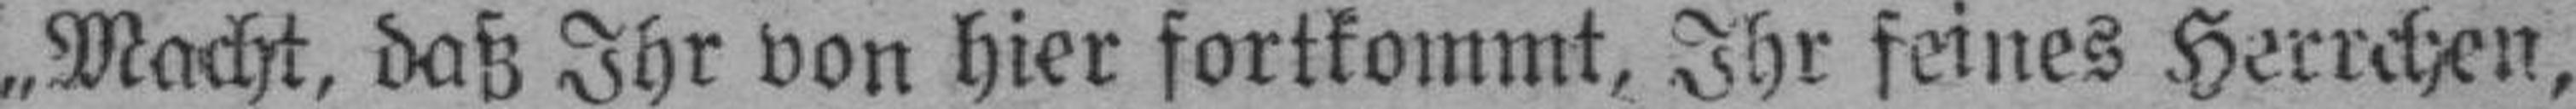
„Macht, daß Ihr von hier fortkommt, Ihr feines Herrchen,